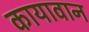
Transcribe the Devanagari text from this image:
कायावान